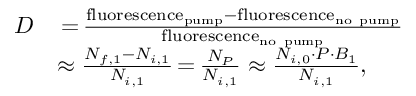
\begin{array} { r l } { D } & { \, { = } \, \frac { \mathrm { f l u o r e s c e n c e } _ { \mathrm { p u m p } } - \mathrm { f l u o r e s c e n c e } _ { \mathrm { n o ~ p u m p } } } { \mathrm { f l u o r e s c e n c e } _ { \mathrm { n o ~ p u m p } } } } \\ & { \approx \frac { N _ { f , 1 } - N _ { i , 1 } } { N _ { i , 1 } } \, { = } \, \frac { N _ { P } } { N _ { i , 1 } } \approx \frac { N _ { i , 0 } \cdot P \cdot B _ { 1 } } { N _ { i , 1 } } , } \end{array}